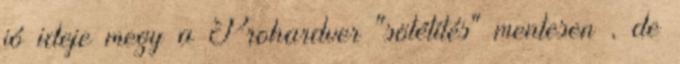
jó ideje megy a Prohardver "sötétítés" mentesen , de